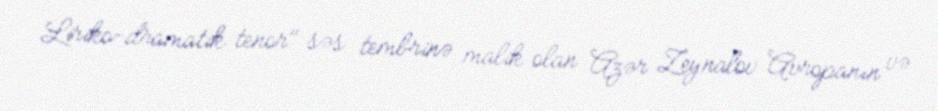
Liriko-dramatik tenor" səs tembrinə malik olan Azər Zeynalov Avropanın və